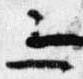
三